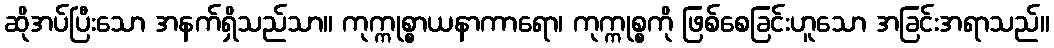
ဆိုအပ်ပြီးသော အနက်ရှိသည်သာ။ ကုက္ကုစ္စာယနာကာရော၊ ကုက္ကုစ္စကို ဖြစ်စေခြင်းဟူသော အခြင်းအရာသည်။